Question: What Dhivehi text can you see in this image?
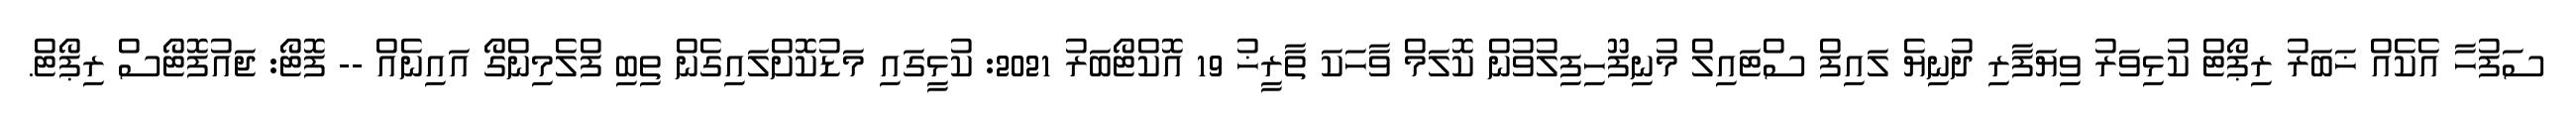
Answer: ސަފުހާ އެކެއް ޚަބަރު ރިޕޯޓް ކުޅިވަރު ވިޔަފާރި ދުނިޔެ ލައިފް ސްޓައިލް މުނިފޫހިފިލުވުން ކޮލަމް ވާހަކަ ތާރީޚު 19 އޮކްޓޯބަރު 2021: ކުޅީގައި މަޑުކޮށްލައިގެން ތިބި ފްލެމިންގޯ އައިނެއް -- ފޮޓޯ: ޖައުފޮޓޯސް ރިޕޯޓް.